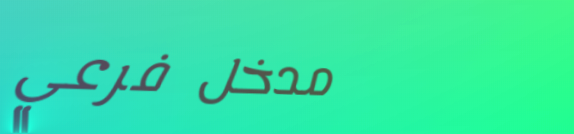
مدخل فرعي